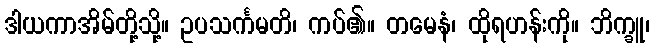
ဒါယကာအိမ်တို့သို့။ ဥပသင်္ကမတိ၊ ကပ်၏။ တမေနံ၊ ထိုရဟန်းကို။ ဘိက္ခူ၊